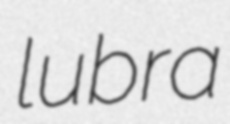
lubra